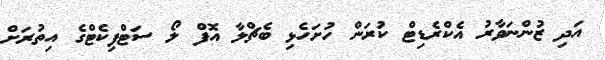
އަދި ޒުންނަވާރު އެކްރެޑިޓް ކުރަން ހުށަހެޅި ބެޗްލާ އޮފް ލޯ ސަޓްފިކެޓްގެ އިތުރަށް